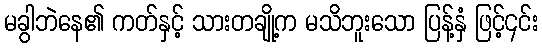
မခွါဘဲနေ၏ ကတ်နှင့် သားတချို့က မသိဘူးသော ပြန့်နှံ ဖြင့်၄င်း